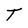
Character: T